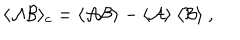
\langle { \cal A } { \cal B } \rangle _ { c } = \langle { \cal A } { \cal B } \rangle - \langle { \cal A } \rangle ~ \langle { \cal B } \rangle ~ ,